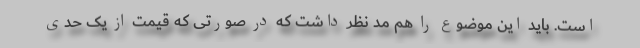
است. باید این موضوع را هم مد نظر داشت که در صورتی که قیمت از یک حدی